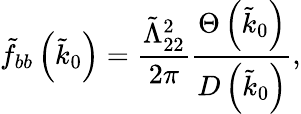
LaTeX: \tilde{f}_{bb}\left(\tilde{k}_{0}\right)=\frac{\tilde{\Lambda}_{22}^{2}}{2\pi}\frac{\Theta\left(\tilde{k}_{0}\right)}{D\left(\tilde{k}_{0}\right)},